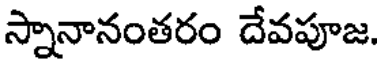
స్నానానంతరం దేవపూజ.